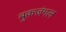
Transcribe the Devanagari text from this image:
बुकजंगल